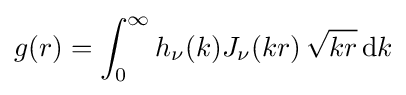
g(r)=\int _{0}^{\infty }h_{\nu }(k)J_{\nu }(kr)\,{\sqrt {kr}}\,\mathrm {d} k